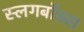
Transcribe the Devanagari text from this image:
स्लिंगबॉक्स